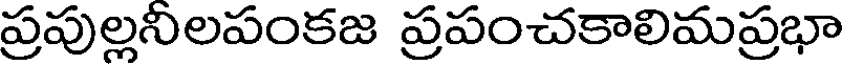
ప్రపుల్లనిలపంకజ ప్రపంచకాలిమప్రభా